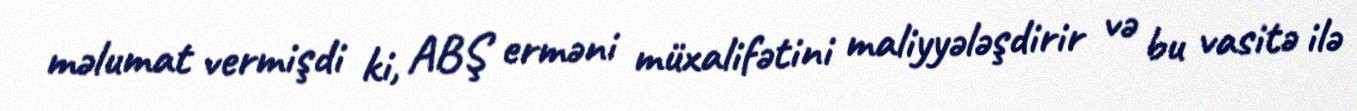
məlumat vermişdi ki, ABŞ erməni müxalifətini maliyyələşdirir və bu vasitə ilə